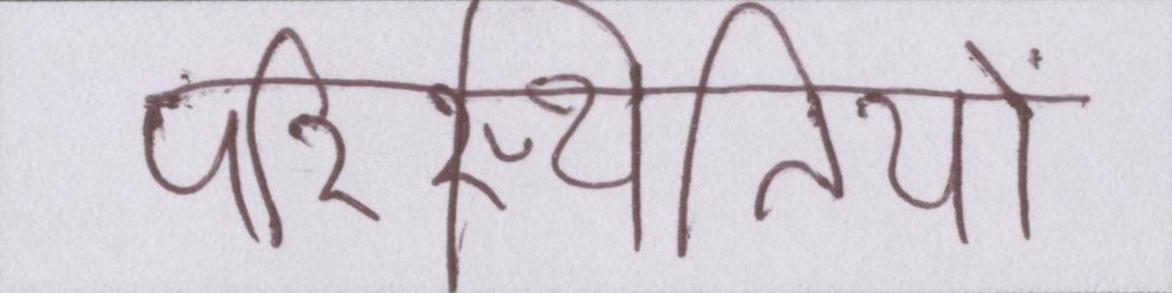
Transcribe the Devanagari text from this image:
परिस्थितियों